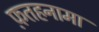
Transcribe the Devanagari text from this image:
फ़तहनामा